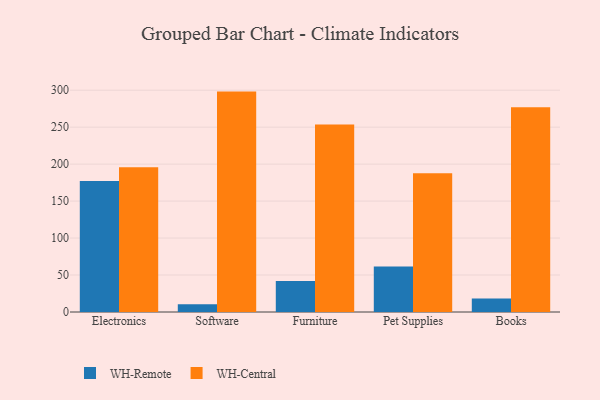
{"axis": {"x": "Category", "y": "Inventory Turnover"}, "legend": ["WH-Central", "WH-Remote"], "data": [{"x": "Electronics", "y": 177.3, "type": "WH-Remote"}, {"x": "Electronics", "y": 195.9, "type": "WH-Central"}, {"x": "Software", "y": 10.6, "type": "WH-Remote"}, {"x": "Software", "y": 298.1, "type": "WH-Central"}, {"x": "Furniture", "y": 41.9, "type": "WH-Remote"}, {"x": "Furniture", "y": 253.5, "type": "WH-Central"}, {"x": "Pet Supplies", "y": 61.4, "type": "WH-Remote"}, {"x": "Pet Supplies", "y": 187.6, "type": "WH-Central"}, {"x": "Books", "y": 18.2, "type": "WH-Remote"}, {"x": "Books", "y": 276.9, "type": "WH-Central"}]}